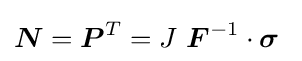
{\boldsymbol {N}}={\boldsymbol {P}}^{T}=J~{\boldsymbol {F}}^{-1}\cdot {\boldsymbol {\sigma }}~